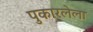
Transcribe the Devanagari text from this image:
पुकारलेला